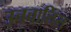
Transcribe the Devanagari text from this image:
उनचालिस